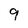
Character: 9